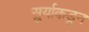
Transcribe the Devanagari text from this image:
सुर्याकडून